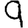
Digit: 9